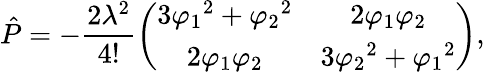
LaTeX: \hat{P}=-\frac{2\lambda^{2}}{4!}\left(\begin{array}{cc}{{3{\varphi_{1}}^{2}+{\varphi_{2}}^{2}}}&{{2{\varphi_{1}}{\varphi_{2}}}}\\ {{2{\varphi_{1}}{\varphi_{2}}}}&{{3{\varphi_{2}}^{2}+{\varphi_{1}}^{2}}}\end{array}\right),